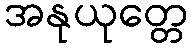
အနုယုတ္တေ